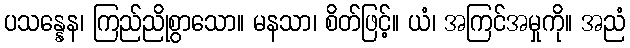
ပသန္နေန၊ ကြည်ညိုစွာသော။ မနသာ၊ စိတ်ဖြင့်။ ယံ၊ အကြင်အမှုကို။ အညံ